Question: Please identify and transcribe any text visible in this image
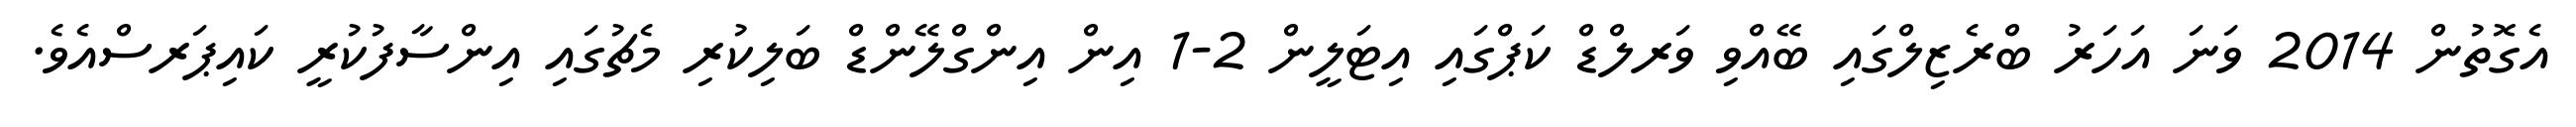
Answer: އެގޮތުން 2014 ވަނަ އަހަރު ބްރެޒިލްގައި ބޭއްވި ވަރލްޑް ކަޕްގައި އިޓަލީން 2-1 އިން އިންގްލޭންޑް ބަލިކުރި މެޗުގައި އިންސާފުކުރީ ކައިޕަރސްއެވެ.